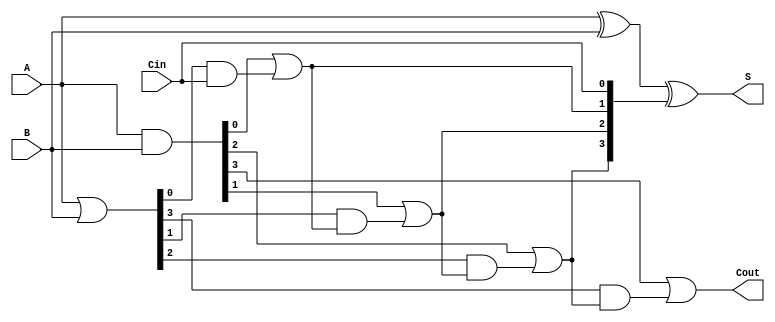
module RCLA #(parameter n = 4) (
    input  [n-1:0] A,      // First n-bit input
    input  [n-1:0] B,      // Second n-bit input
    input          Cin,     // Input carry
    output [n-1:0] S,      // n-bit sum output
    output         Cout     // Output carry
);

    // Generate and Propagate signals
    wire [n-1:0] G; // Generate signals
    wire [n-1:0] P; // Propagate signals
    wire [n:0] C;   // Carry signals

    // Generate and Propagate calculations
    assign G = A & B;          // Gi = Ai AND Bi
    assign P = A | B;          // Pi = Ai OR Bi

    // Carry calculations
    assign C[0] = Cin;         // C0 = Cin
    genvar i;
    generate
        for (i = 0; i < n; i = i + 1) begin : carry_gen
            if (i == 0) begin
                assign C[i + 1] = G[i] | (P[i] & C[i]); // C1 = G0 OR (P0 AND C0)
            end else begin
                assign C[i + 1] = G[i] | (P[i] & C[i]); // Ci+1 = Gi OR (Pi AND Ci)
            end
        end
    endgenerate

    // Sum calculations
    assign S = A ^ B ^ C[n-1:0]; // Si = Ai XOR Bi XOR Ci

    // Output carry
    assign Cout = C[n]; // Cout = Cn

endmodule